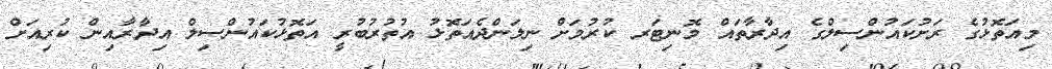
މިއަތޮޅުގެ ރަށުކައުންސިލްގެ އިދާރާތައް މޮނިޓަރ ކުރުމަށް ނިލަންދެއަތޮޅު އުތުރުބުރީ އަތޮޅުކައުންސިލް އިދާރާއިން ކުރިއަށް